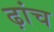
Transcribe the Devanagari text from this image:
ढ़ांच